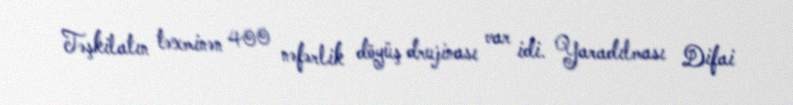
Təşkilatın təxminən 400 nəfərlik döyüş drujinası var idi. Yaradılması Difai